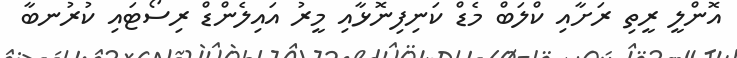
އޮންލީ ރީތި ރަށާއި ކްލަބް މެޑް ކަނިފިނޮޅާއި މީރު އައިލެންޑް ރިސޯޓައި ކުރުނބާ